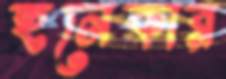
হনেকার